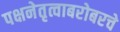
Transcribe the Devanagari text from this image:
पक्षनेतृत्वाबरोबरचे